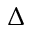
\Delta